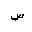
Letter: _sin